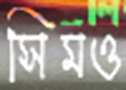
সিমও